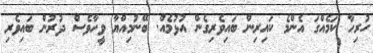
ހުރިހާ ކަމެއްގަ އެންމެ ކައިރިން ބައިވެރިގެން އުޅުމެއް. ބޭނުމިއްޔާ ވީހާވެސް ދުރުން ބައިވެރި